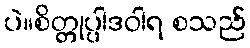
ပဲ။စိတ္တုပ္ပါဒဝါရ စသည်